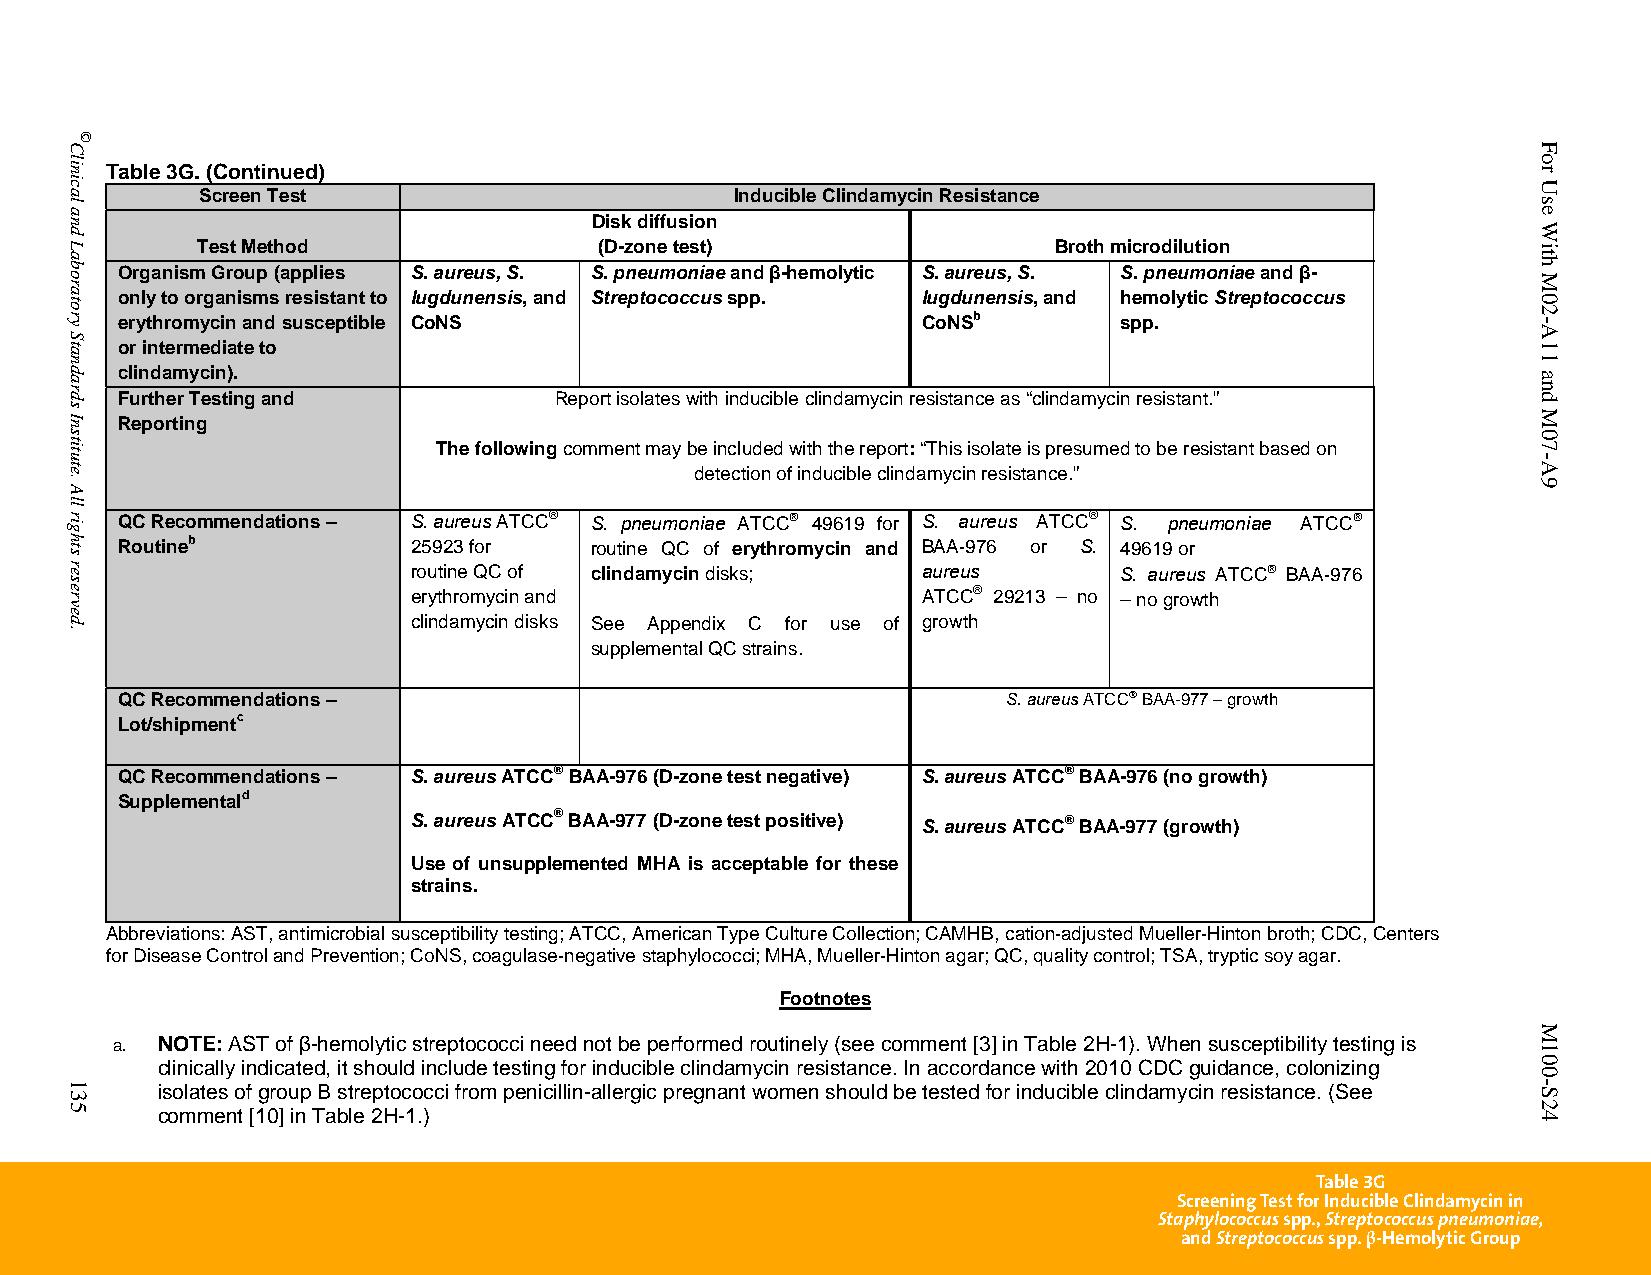
Table 3G. (Continued)
 Screen Test                         Inducible Clindamycin Resistance
 Disk diffusion
 Test Method                (D-zone test)                 Broth microdilution
 Organism Group (applies S. aureus, S. S. pneumoniaeandβ-hemolytic S. aureus, S. S. pneumoniaeandβ-
 only to organisms resistant to lugdunensis, and Streptococcus spp. lugdunensis, and hemolytic Streptococcus
 erythromycin and susceptible CoNS                    CoNSb        spp.
 or intermediate to
 clindamycin).
 Further Testing and          Report isolates with inducible clindamycin resistance as “clindamycin resistant.”
 Reporting
 The following comment may be included with the report: “This isolate is presumed to be resistant based on
 detection of inducible clindamycin resistance.”
 QC Recommendations – S. aureus ATCC® S. pneumoniae ATCC 49619 for S. aureus ATCC® S. pneumoniae ATCC
 Routineb           25923 for   routine QC of erythromycin and BAA-976 or S. 49619 or
 routine QC of clindamycin disks;  aureus       S. aureus ATCC BAA-976
 erythromycin and                  ATCC® 29213 – no – no growth
 clindamycin disks See Appendix C for use of growth
 supplemental QC strains.
 QC Recommendations –                                       S. aureus ATCC BAA-977 – growth
 Lot/shipmentc
 QC Recommendations – S. aureus ATCC®BAA-976 (D-zone test negative) S. aureus ATCC®BAA-976 (no growth)
 Supplementald
 S. aureus ATCC® BAA-977 (D-zone test positive) S. aureus ATCC® BAA-977 (growth)
 Use of unsupplemented MHA is acceptable for these
 strains.
 Abbreviations: AST, antimicrobial susceptibility testing; ATCC, American Type Culture Collection; CAMHB, cation-adjusted Mueller-Hinton broth; CDC, Centers
 for Disease Control and Prevention; CoNS, coagulase-negative staphylococci; MHA, Mueller-Hinton agar; QC, quality control; TSA, tryptic soy agar.
 Footnotes
 a. NOTE: AST of β-hemolytic streptococci need not be performed routinely (see comment [3] in Table 2H-1). When susceptibility testing is
 clinically indicated, it should include testing for inducible clindamycin resistance. In accordance with 2010 CDC guidance, colonizing
 isolates of group B streptococci from penicillin-allergic pregnant women should be tested for inducible clindamycin resistance. (See
 comment [10] in Table 2H-1.)
 Table 3G
 Screening Test for Inducible Clindamycin in
 Staphylococcus spp., Streptococcus pneumoniae,
 and Streptococcus spp. β-Hemolytic Group
 PublishedOn1/1/2014. Thisdocumentisprotectedbycopyright.
 Clinical
 and
 Laboratory
 Standards
 Institute.
 All
 rights
 reserved.
 135
 ©
 For
 Use
 With
 M02-A11
 and
 M07-A9
 M100-S24